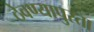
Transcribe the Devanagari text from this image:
ठेवण्यापुरता